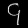
Digit: ၄